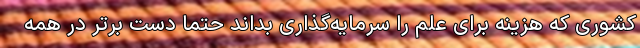
کشوری که هزینه برای علم را سرمایه‌گذاری بداند حتما دست برتر در همه